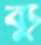
ব্যু